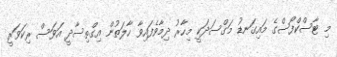
މި ޓާސްކްފޯސްގެ މައިގަނޑު މަގްސަދަކީ މިހާރު ދިމާވެފައިވާ ހާލަތުން އިގްތިސާދީ އަވަސް ރިކަވަރީ